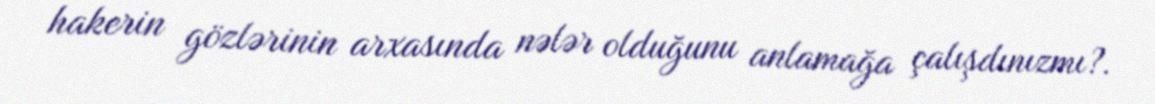
hakerin gözlərinin arxasında nələr olduğunu anlamağa çalışdınızmı?.